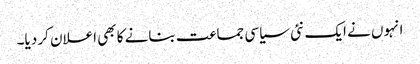
انہوں نے ایک نئی سیاسی جماعت بنانے کا بھی اعلان کر دیا۔